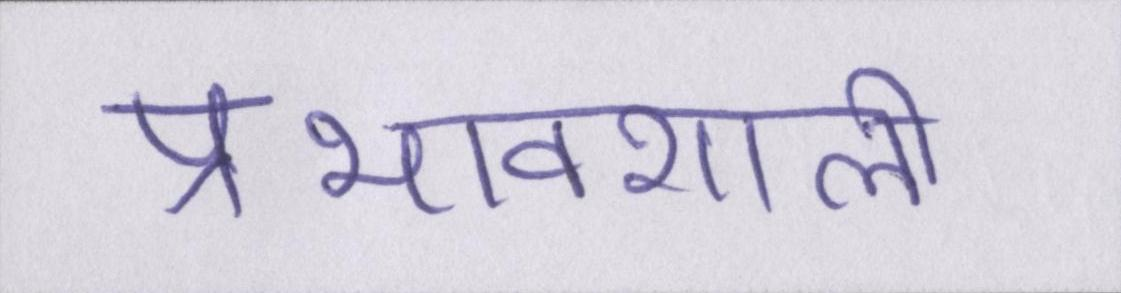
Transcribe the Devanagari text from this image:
प्रभावशाली